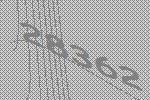
28362